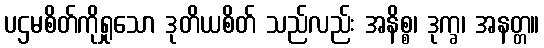
ပဌမစိတ်ကိုရှုသော ဒုတိယစိတ် သည်လည်း အနိစ္စ၊ ဒုက္ခ၊ အနတ္တ။